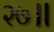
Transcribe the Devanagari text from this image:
२७॥